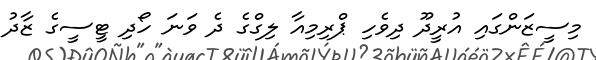
މިސީޒަންގައި އުރީދޫ ދިވެހި ޕްރިމިއާ ލިގްގެ ދެ ވަނަ ހޯދި ޓީސީގެ ޒާދު